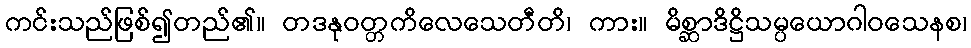
ကင်းသည်ဖြစ်၍တည်၏။ တဒနုဝတ္တကိလေသေတီတိ၊ ကား။ မိစ္ဆာဒိဋ္ဌိသမ္ပယောဂါဝသေနစ၊